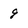
Character: 9